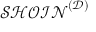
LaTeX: { \mathcal { S H O I N } } ^ { \mathcal { ( D ) } }